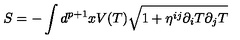
S = - \int d ^ { p + 1 } x V ( T ) \sqrt { 1 + \eta ^ { i j } \partial _ { i } T \partial _ { j } T }